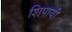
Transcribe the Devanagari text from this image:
शिपायी